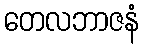
တေလဘာဇနံ